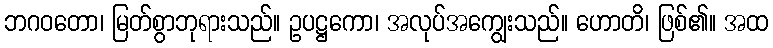
ဘဂဝတော၊ မြတ်စွာဘုရားသည်။ ဥပဋ္ဌကော၊ အလုပ်အကျွေးသည်။ ဟောတိ၊ ဖြစ်၏။ အထ